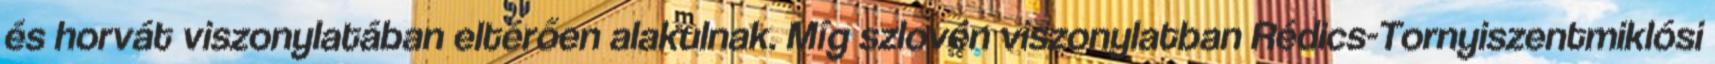
és horvát viszonylatában eltérően alakulnak. Míg szlovén viszonylatban Rédics-Tornyiszentmiklósi